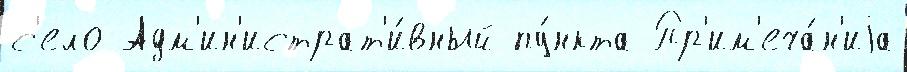
с'ело Адм'ин'истрат'и́вный пу́нкта Пр'им'еча́н'иjа